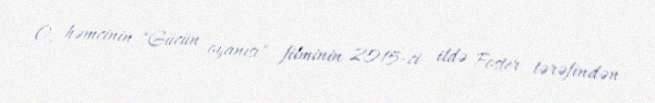
O, həmçinin "Gücün oyanışı" filminin 2015-ci ildə Foster tərəfindən